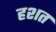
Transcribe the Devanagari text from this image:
हशत